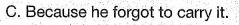
C.Because he forgot to carry it.